Vaccine operations Central Provinces 1868-1885 - 1868-1885
Year: 1868
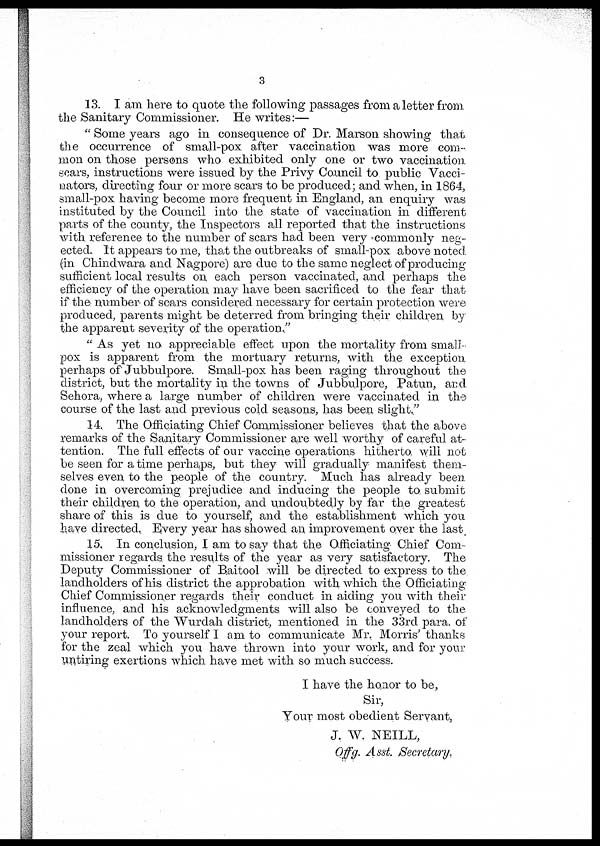
3
13. I am here to quote the following passages from a letter from
the Sanitary Commissioner. He writes:—
" Some years ago in consequence of Dr. Marson showing that
the occurrence of small-pox after vaccination was more com-
mon on those persons who exhibited only one or two vaccination
scars, instructions were issued by the Privy Council to public Vacci-
nators, directing four or more scars to be produced; and when, in 1864,
small-pox having become more frequent in England, an enquiry was
instituted by the Council into the state of vaccination in different
parts of the county, the Inspectors all reported that the instructions
with reference to the number of scars had been very commonly neg¬
ected. It appears to me, that the outbreaks of small-pox above noted
(in Chindwara and Nagpore) are due to the same neglect of producing
sufficient local results on each person vaccinated, and perhaps the
efficiency of the operation may have been sacrificed to the fear that
if the number of scars considered necessary for certain protection were
produced, parents might be deterred from bringing their children by
the apparent severity of the operation."
" As yet no appreciable effect upon the mortality from small-
pox is apparent from the mortuary returns, with the exception
perhaps of Jubbulpore. Small-pox has been raging throughout the
district, but the mortality in the towns of Jubbulpore, Patun, and
Sehora, where a large number of children were vaccinated in the
course of the last and previous cold seasons, has been slight."
14. The Officiating Chief Commissioner believes that the above
remarks of the Sanitary Commissioner are well worthy of careful at-
tention. The full effects of our vaccine operations hitherto, will not
be seen for a time perhaps, but they will gradually manifest them-
selves even to the people of the country. Much has already been
done in overcoming prejudice and inducing the people to, submit
their children to the operation, and undoubtedly by far the greatest
share of this is due to yourself, and the establishment which you
have directed. Every year has showed an improvement over the last
15. In conclusion, I am to say that the Officiating Chief Com-
missioner regards the results of the year as very satisfactory. The
Deputy Commissioner of Baitool will be directed to express to the
landholders of his district the approbation with which the Officiating
Chief Commissioner regards their conduct in aiding you with their
influence, and his acknowledgments will also be conveyed to the
landholders of the Wurdah district, mentioned in the 33rd para. of
your report. To yourself I am to communicate Mr. Morris' thanks
for the zeal which you have thrown into your work, and for your
untiring exertions which have met with so much success.
I have the honor to be,
Sir,
Your most obedient Servant,
J. W. NEILL,
Offg. Asst. Secretary.